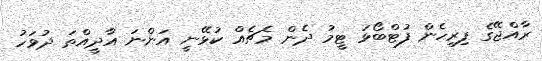
ރާއްޖޭގެ ފިރިހެން ފުޓްބޯޅަ ޓީމު ދެން މެޗެއް ކުޅޭނީ އަންނަ އާދީއްތަ ދުވަހު